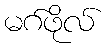
မဂ်ဖိုလ်